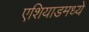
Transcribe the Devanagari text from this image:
एशियाडमध्ये